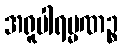
အရူပါရမ္မဏဉ္စ